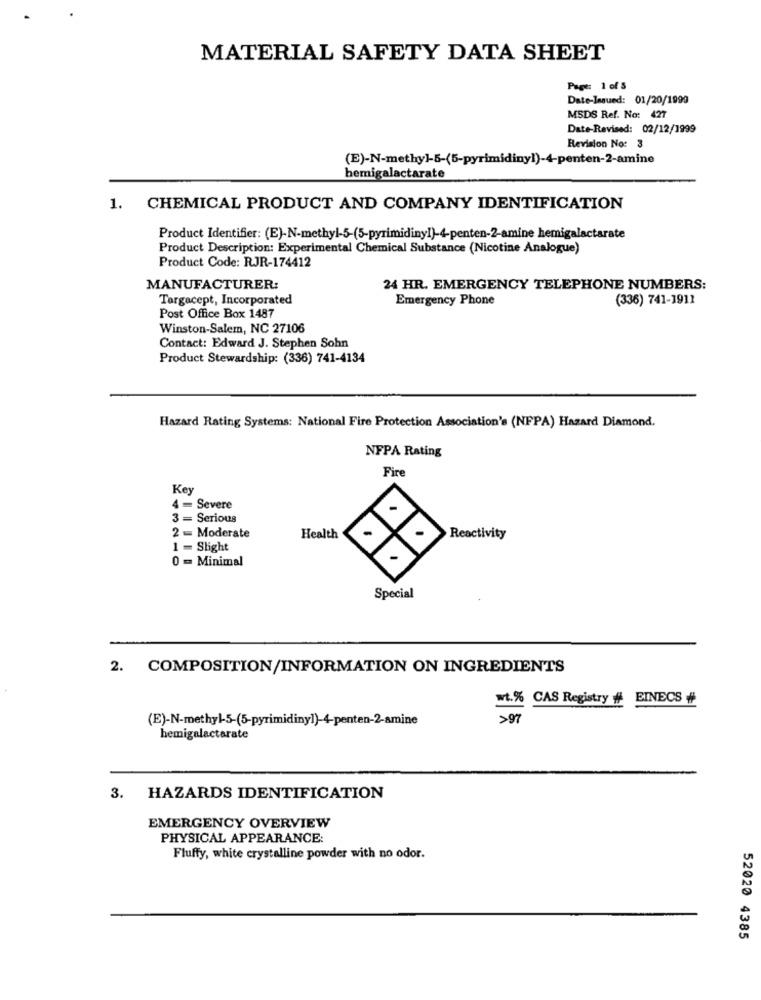
MATERIAL SAFETY DATA SHEET
Page: 1 of 5
Date-Issued: 01/20/1999
MSDS Ref. No: 427
Date-Revised: 02/12/1999
Revision No: 3
(E)-N-methyl-5-(5-pyrimidinyl)-4-penten-2-amine
hemigalactarate
1. CHEMICAL PRODUCT AND COMPANY IDENTIFICATION
Product Identifier: (E)-N-methyl-5-(5-pyrimidinyl)-4-penten-2-amine hemigalactarate
Product Description: Experimental Chemical Substance (Nicotine Analogue)
Product Code: RJR-174412
MANUFACTURER:
24 HR. EMERGENCY TELEPHONE NUMBERS:
Targacept, Incorporated
Emergency Phone
(336) 741-1911
Post Office Box 1487
Winston-Salem, NC 27106
Contact: Edward J. Stephen Sohn
Product Stewardship: (336) 741-4134
Hazard Rating Systems: National Fire Protection Association's (NFPA) Hazard Diamond.
NFPA Rating
Fire
Key
4 = Severe
3 = Serious
2 = Moderate
Health
Reactivity
1 = Slight
0 = Minimal
Special
2. COMPOSITION/INFORMATION ON INGREDIENTS
wt.% CAS Registry #
EINECS #
(E)-N-methyl-5-(5-pyrimidiny])-4-penten-2-amine
>97
hemigalactarate
3. HAZARDS IDENTIFICATION
EMERGENCY OVERVIEW
PHYSICAL APPEARANCE:
Fluffy, white crystalline powder with no odor.
52020 4385